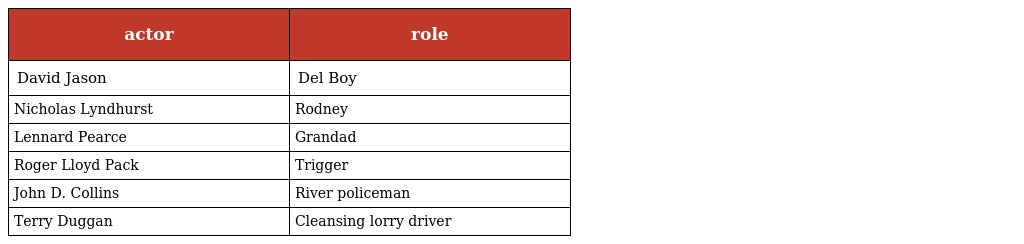
| actor | role |
 | --- | --- |
 | David Jason | Del Boy |
 | Nicholas Lyndhurst | Rodney |
 | Lennard Pearce | Grandad |
 | Roger Lloyd Pack | Trigger |
 | John D. Collins | River policeman |
 | Terry Duggan | Cleansing lorry driver |